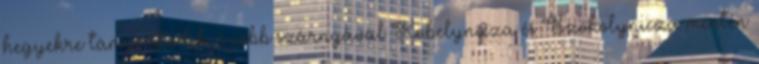
hegyekre támaszkodik, s jobb szárnyával Kobelynicza és Szokolynicza mentén